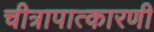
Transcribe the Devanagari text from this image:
चीत्रापात्कारणी